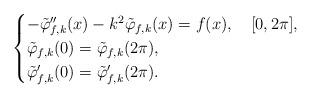
LaTeX: \begin{align*}\begin{cases}-\tilde\varphi_{f,k}''(x)-k^2\tilde\varphi_{f,k}(x)=f(x),\quad[0,2\pi],\\\tilde\varphi_{f,k}(0)=\tilde\varphi_{f,k}(2\pi),\\\tilde\varphi_{f,k}'(0)=\tilde\varphi_{f,k}'(2\pi).\end{cases}\end{align*}